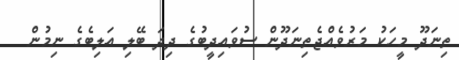
ތިނަދޫ މީހަކު މަރުވެއްޖެތިނަދޫން ސުވައިދީބުގެ ދިދަ ބޭލި އަލިބެގެ ނިމުން